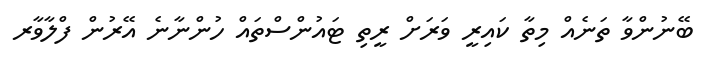
ބޭނުންވާ ތަނެއް މިތާ ކައިރީ ވަރަށް ރީތި ޓައުންސްތައް ހުންނާނެ އޭރުން ފްލާވާރ